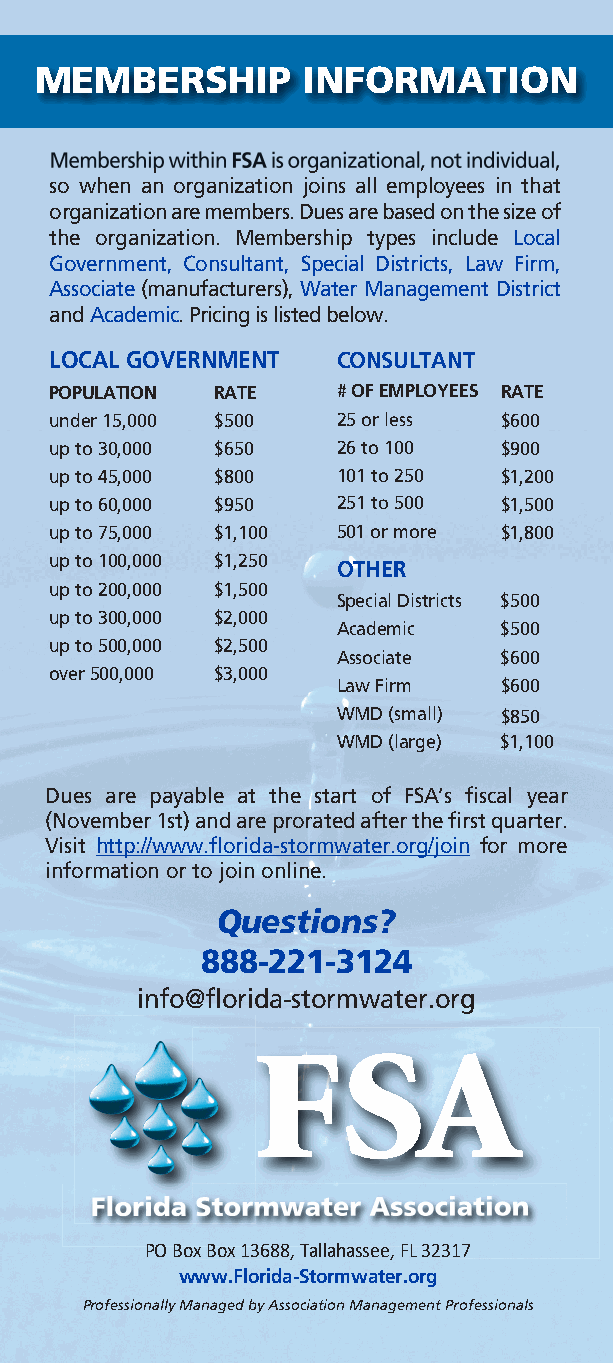
FSA 1015 - Membership Brochure 2018 v3.qxp_FSA 1015 - Membership Brochure 2018-
 MEMBERSHIP        INFORMATION
 Membership within FSAis organizational, not individual,
 so when an organization joins all employees in that
 organization are members. Dues are based on the size of
 the organization. Membership types include Local
 Government, Consultant, Special Districts, Law Firm,
 Associate (manufacturers), Water Management District
 and Academic. Pricing is listed below.
 LOCAL GOVERNMENT   CONSULTANT
 POPULATION RATE    # OF EMPLOYEES RATE
 under 15,000 $500  25 or less $600
 up to 30,000 $650  26 to 100  $900
 up to 45,000 $800  101 to 250 $1,200
 up to 60,000 $950  251 to 500 $1,500
 up to 75,000 $1,100 501 or more $1,800
 up to 100,000 $1,250
 OTHER
 up to 200,000 $1,500
 Special Districts $500
 up to 300,000 $2,000
 Academic   $500
 up to 500,000 $2,500
 Associate  $600
 over 500,000 $3,000
 Law Firm   $600
 WMD (small) $850
 WMD (large) $1,100
 Dues are payable at the start of FSA’s fiscal year
 (November 1st) and are prorated after the first quarter.
 Visit http://www.florida-stormwater.org/join for more
 information or to join online.
 Questions?
 888-221-3124
 info@florida-stormwater.org
 FSA
 Florida Stormwater Association
 PO Box Box 13688, Tallahassee, FL 32317
 www.Florida-Stormwater.org
 Professionally Managed by Association Management Professionals